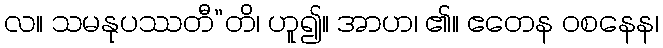
လ။ သမနုပဿတီ”တိ၊ ဟူ၍။ အာဟ၊ ၏။ ဧတေန ဝစနေန၊